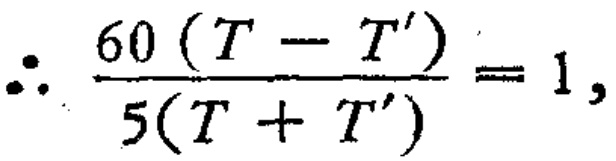
\(\therefore \frac{60\left(T - T'\right)}{5\left(T + T'\right)} = 1,\)